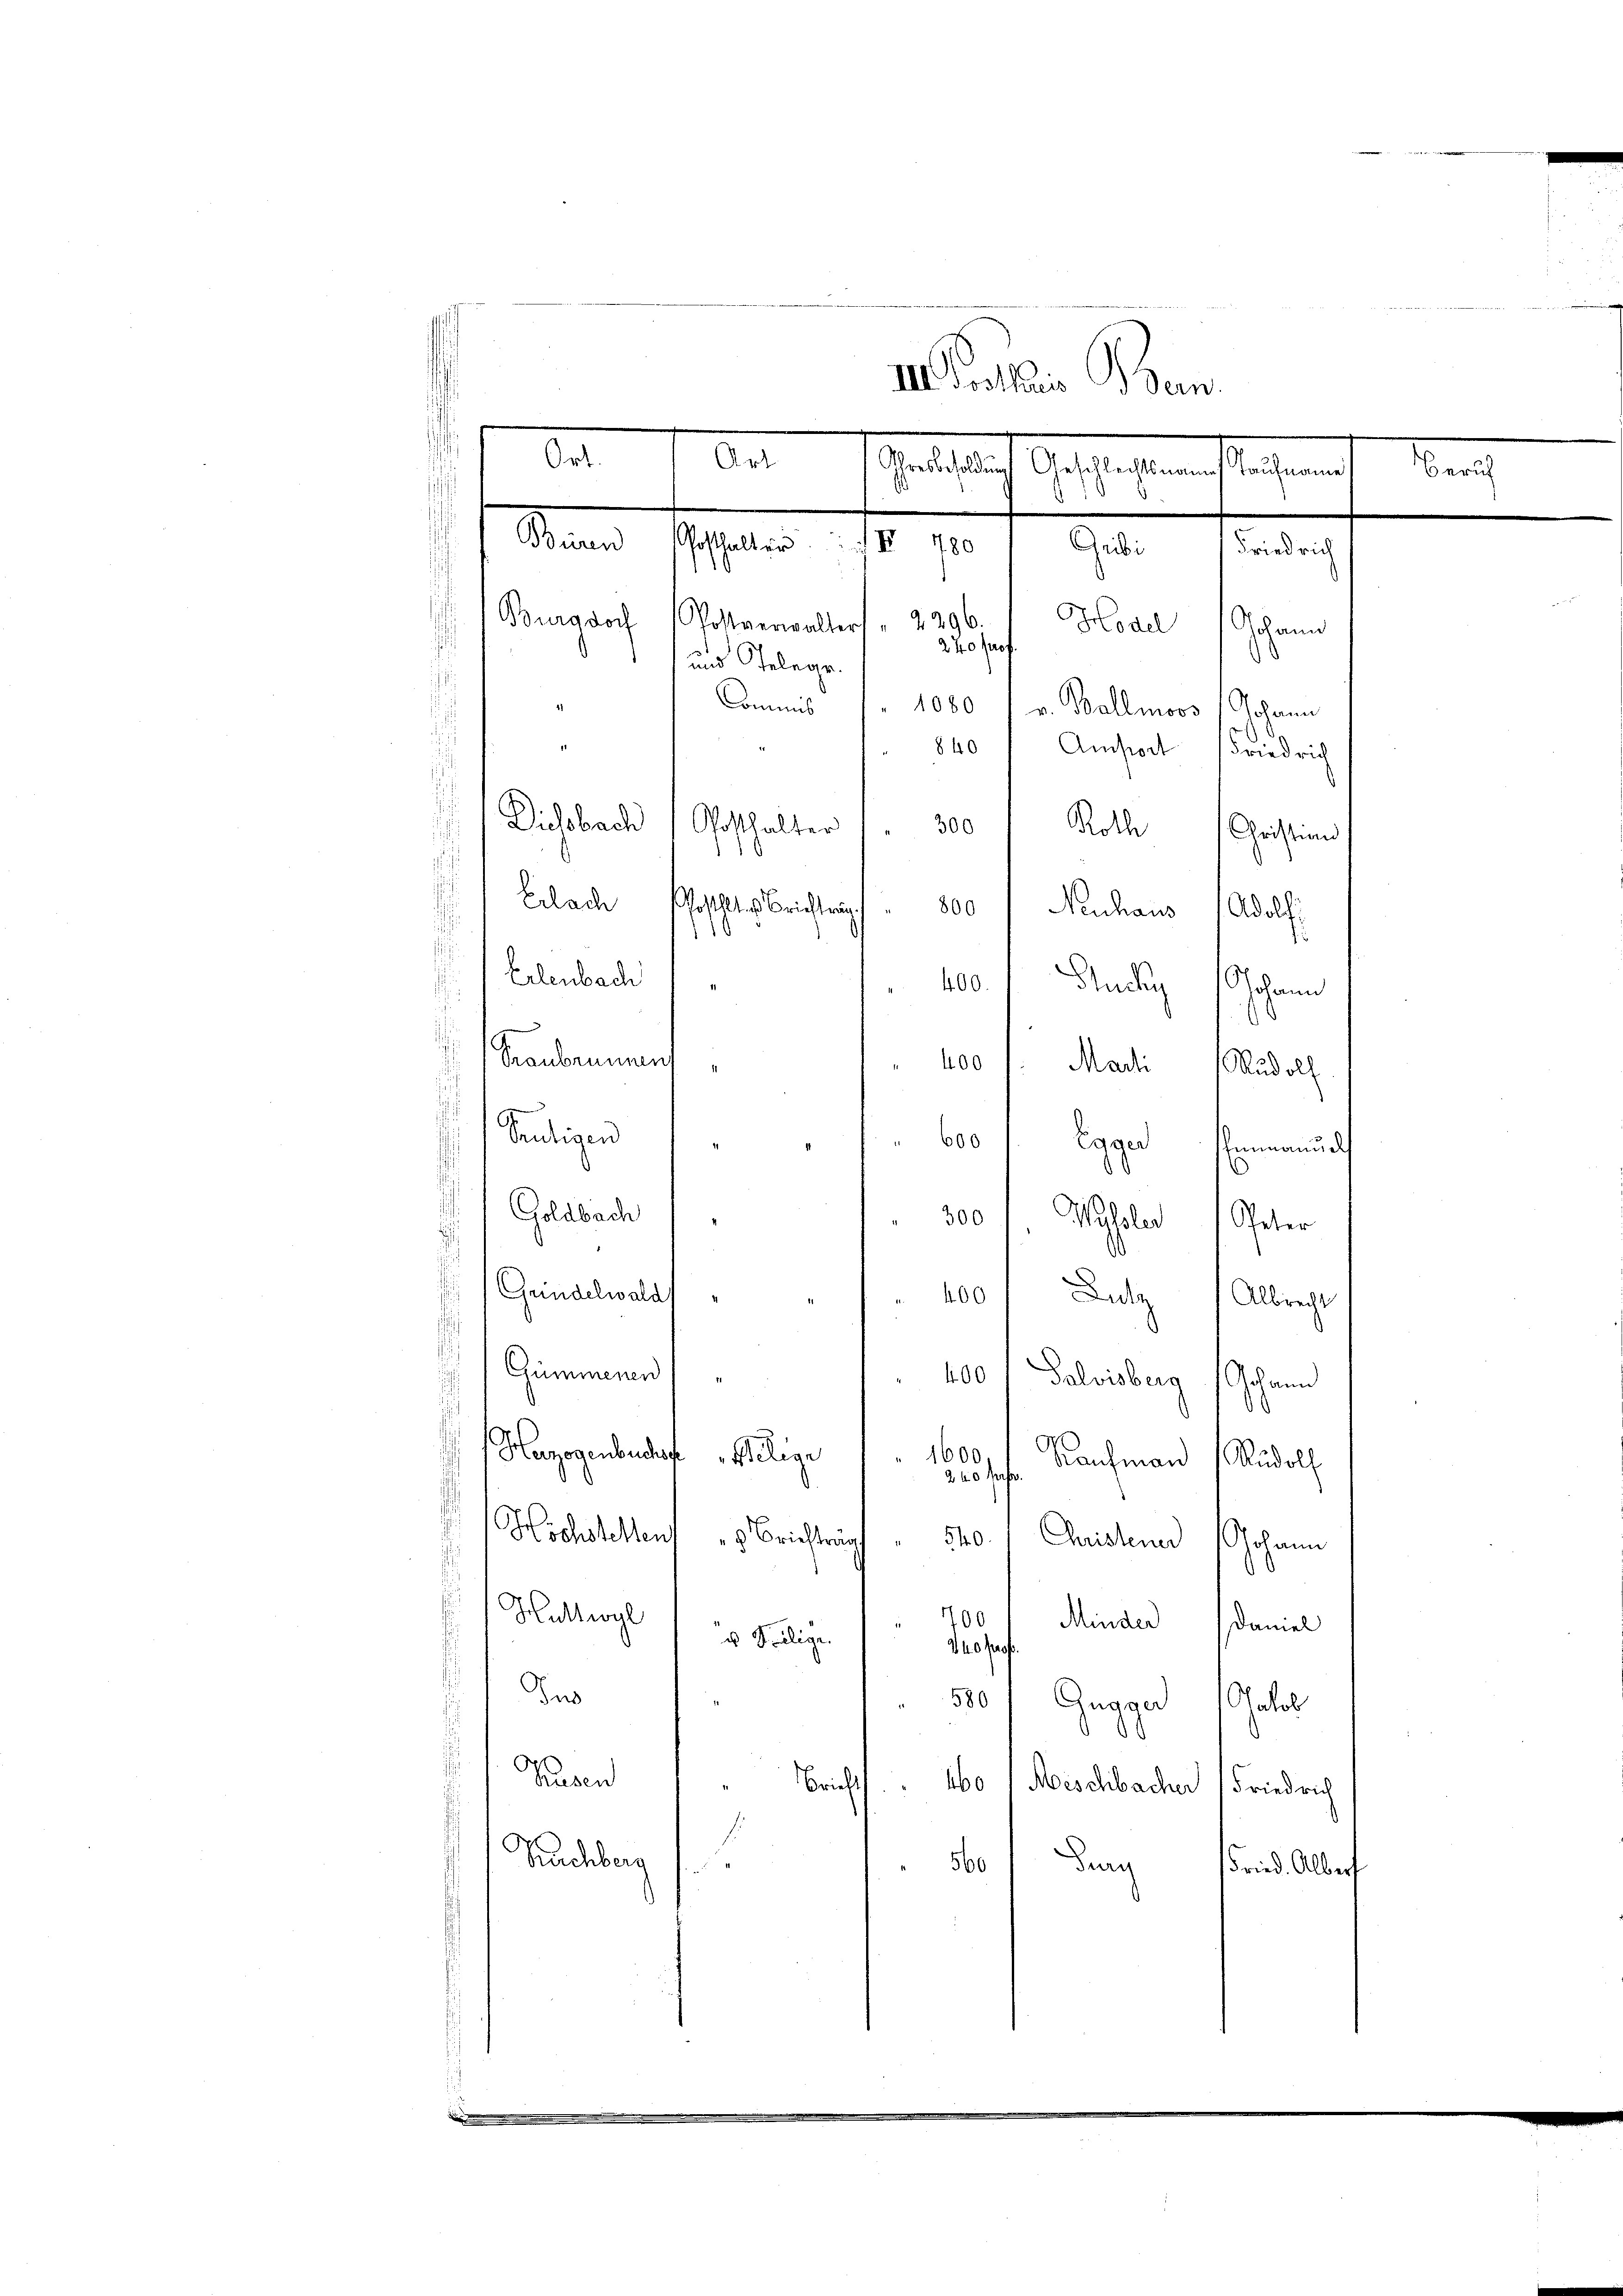
1
II. Prothes Ben
Al schaftliche Geschicht auf sich eint, den
Sanen Jahre 18 10 f
Burgdorf (Postverwalters " 2296.
Hodel Johann
240 Prof
d
und Gelege.
Commis
1080 Ballmoos
Johann
d
11
840 Amfort Friedrich
/ Diessbach (Posthalter " " 300 " Roth Christian
Erlach
ostlich Berichträg
800
Neuhaus 1 Adolf
1
Erlenbach
100. Andug Johann

Ort.

Graubrunnen
" 400 l. Marti Rudolf
Seutigen
60 Egger Fernennun
¬
Goldbach
300 " Missler Peter
Grindelwald
400 f Lutz Albrecht
.
Gümmenen
400
Palvisberg (Johann
Herzogenbeschaf
1600.
Wilige
Nachmann Rudolf
240 ff.
Höchstellen
3 Briefträg
540.
Christeuer Johann
Huttwyl
1700 Minder Daniel
u Seelige
340 Prof.
Dus
580
Gugger als
husen
Bricht 60
Meschbacher Friedrich
Nachberg
560
.
dung
Fried. Alber